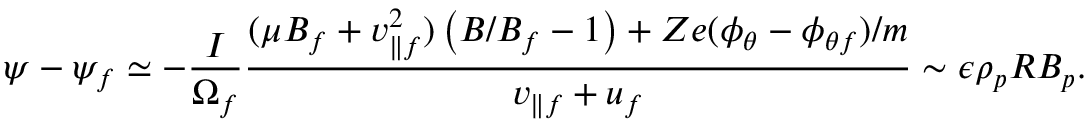
\psi - \psi _ { f } \simeq - \frac { I } { \Omega _ { f } } \frac { ( \mu B _ { f } + v _ { \parallel f } ^ { 2 } ) \left( B / B _ { f } - 1 \right) + Z e ( \phi _ { \theta } - \phi _ { \theta f } ) / m } { v _ { \parallel f } + u _ { f } } \sim \epsilon \rho _ { p } R B _ { p } .